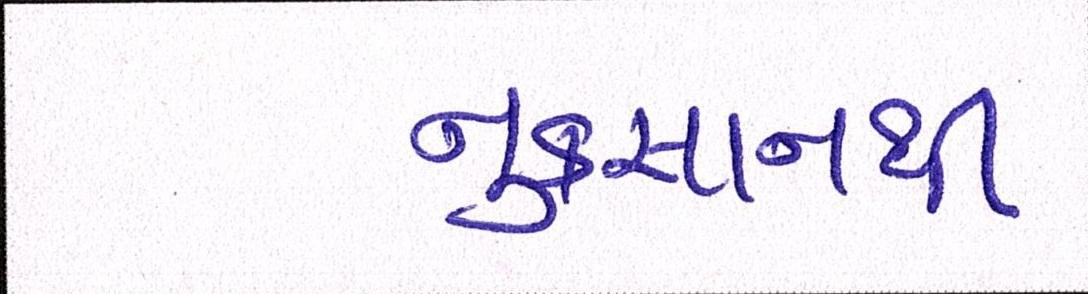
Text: નુકસાનથી